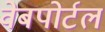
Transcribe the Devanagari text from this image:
वेबपोर्टल